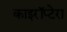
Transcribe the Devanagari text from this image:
काइरॉप्टेरा